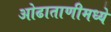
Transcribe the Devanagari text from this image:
ओढाताणीमध्ये